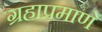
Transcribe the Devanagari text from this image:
ग्रहाप्रमाणे